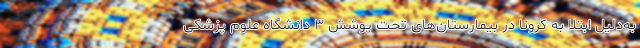
به‌دلیل ابتلا به کرونا در بیمارستان‌های تحت پوشش ۳ دانشگاه علوم پزشکی